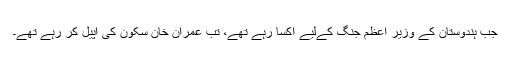
جب ہندوستان کے وزیر اعظم جنگ کےلیے اکسا رہے تھے، تب عمران خان سکون کی اپیل کر رہے تھے۔